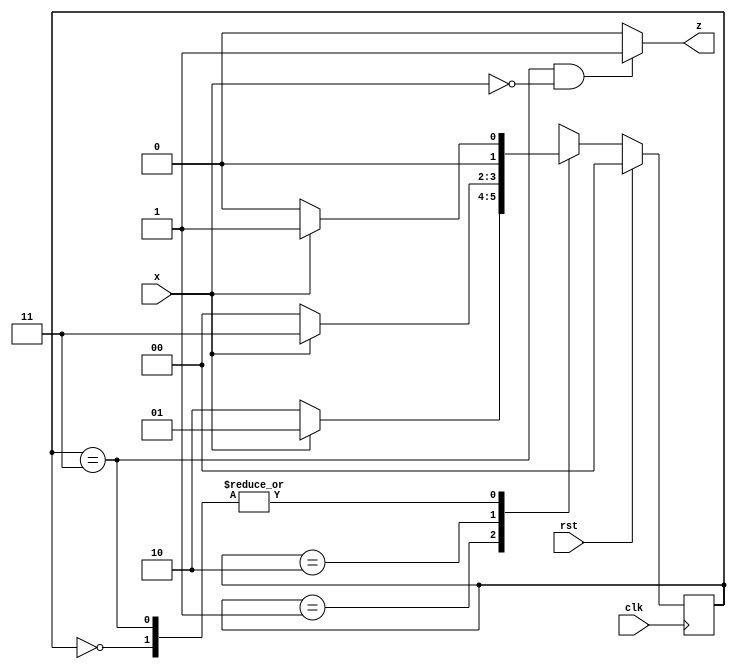
`timescale 1ns / 1ps
//////////////////////////////////////////////////////////////////////////////////
// Company: 
// Engineer: 
// 
// Design Name: 
// Module Name: sequence1010
// Project Name: 
// Target Devices: 
// Tool Versions: 
// Description: 
// 
// Dependencies: 
// 
// Revision:
// Revision 0.01 - File Created
// Additional Comments:
// 
//////////////////////////////////////////////////////////////////////////////////


module sequence1010(
    input clk,rst,x,
    output z
    );
    parameter RST = 2'b00, got1 = 2'b01, got10 = 2'b10, got101 = 2'b11;
    reg [1:0]ns,ps;
    
    assign z = (ps == got101 && x == 1'b0)? 1 : 0;
    
    always @(ps,x)
    begin
        case(ps)
        2'b00: ns = x ? got1:RST;
        2'b01: ns = x ? got1:got10;
        2'b10: ns = x ? got101:RST;
        2'b11: ns = x ? got1:RST;
        endcase
    end
    
    always @(posedge clk)
        ps <= rst ? RST : ns;

endmodule